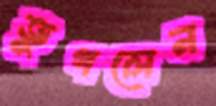
ভুগলেন